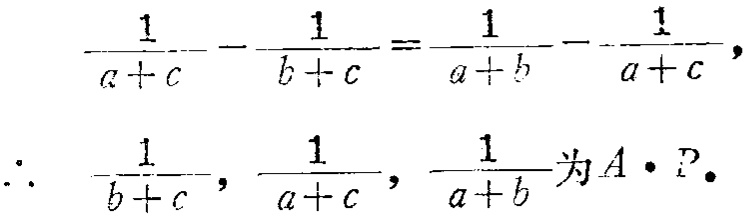
\[\begin{align*}

\frac{1}{a + c} - \frac{1}{b + c} &= \frac{1}{a + b} - \frac{1}{a + c},\\

\therefore\ \frac{1}{b + c},\ \frac{1}{a + c},\ \frac{1}{a + b} &\text{为}A\cdot P.

\end{align*}\]